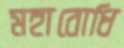
মহাবোধি